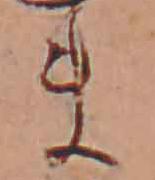
ま